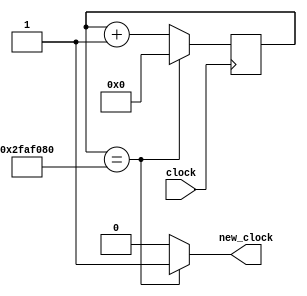
module counter (input wire clock, output wire new_clock);
    reg [31:0] r_reg;
    wire [31:0] r_next;
    always @ (posedge clock)
        r_reg <= r_next;
    assign r_next = (r_reg == 50000000) ? 0 : r_reg + 1;
    assign new_clock = (r_reg == 50000000) ? 1'b1 : 1'b0;
endmodule